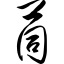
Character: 苘